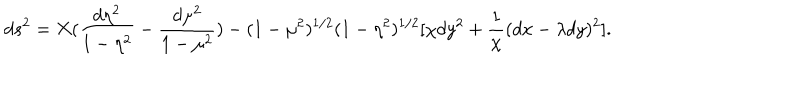
LaTeX: d s ^ { 2 } = X ( \frac { d \eta ^ { 2 } } { 1 - \eta ^ { 2 } } - \frac { d \mu ^ { 2 } } { 1 - \mu ^ { 2 } } ) - ( 1 - \mu ^ { 2 } ) ^ { 1 / 2 } ( 1 - \eta ^ { 2 } ) ^ { 1 / 2 } [ \chi d y ^ { 2 } + \frac { 1 } { \chi } ( d x - \lambda d y ) ^ { 2 } ] .